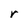
Character: r